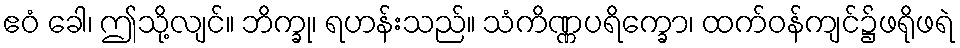
ဧဝံ ခေါ၊ ဤသို့လျင်။ ဘိက္ခု၊ ရဟန်းသည်။ သံကိဏ္ဏပရိက္ခော၊ ထက်ဝန်ကျင်၌ဖရိုဖရဲ